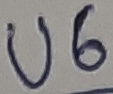
Text: U6